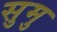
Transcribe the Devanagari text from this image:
सुमु